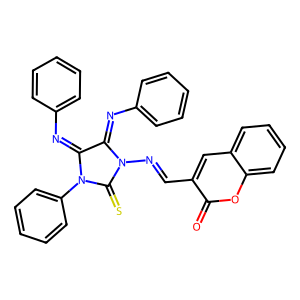
SMILES: O=c1oc2ccccc2cc1C=NN1C(=S)N(c2ccccc2)C(=Nc2ccccc2)C1=Nc1ccccc1
Inhibits HIV replication: No